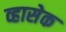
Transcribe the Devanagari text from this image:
व्हासेक